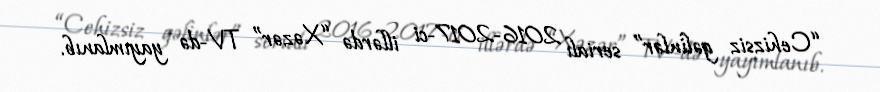
“Cehizsiz gəlinlər” serialı 2016-2017-ci illərdə “Xəzər” TV-də yayımlanıb.